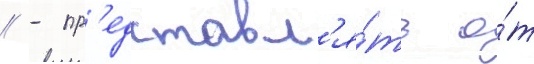
// - пр'едставл'я́ть о́т